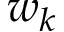
w _ { k }